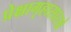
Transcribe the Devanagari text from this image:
प्रेक्षागृहासारखे